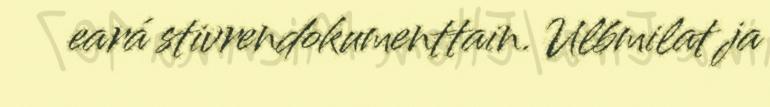
eará stivrendokumenttain. Ulbmilat ja